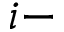
i -